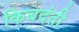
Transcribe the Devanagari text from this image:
किबदंती